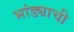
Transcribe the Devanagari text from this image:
भांड्याची